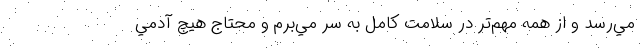
مي‌رسد و از همه مهم‌تر در سلامت كامل به سر مي‌برم و محتاج هيچ آدمي